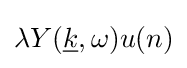
\lambda Y({\underline {k}},\omega )u(n)